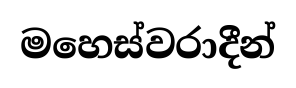
මහෙස්වරාදීන්